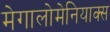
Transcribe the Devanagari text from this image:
मेगालोमेनियाक्स